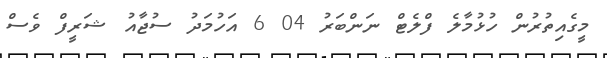
މީގެއިތުރުން ހުޅުމާލެ ފްލެޓް ނަންބަރު 04 6 އަހުމަދު ސުޖާއު ޝަރީފް ވެސް